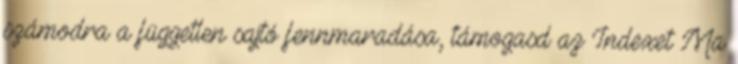
számodra a független sajtó fennmaradása, támogasd az Indexet Ma